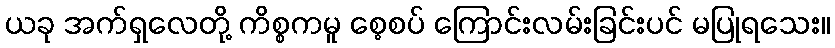
ယခု အက်ရှလေတို့ ကိစ္စကမူ စေ့စပ် ကြောင်းလမ်းခြင်းပင် မပြုရသေး။